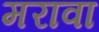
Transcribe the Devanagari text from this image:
मरावा